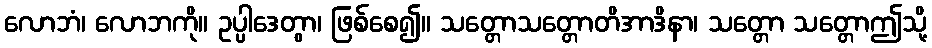
လောဘံ၊ လောဘကို။ ဥပ္ပါဒေတွာ၊ ဖြစ်စေ၍။ သတ္တောသတ္တောတိအာဒိနာ၊ သတ္တော သတ္တောဤသို့